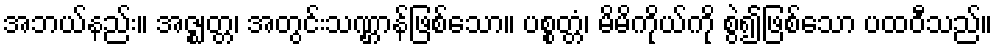
အဘယ်နည်း။ အဇ္ဈတ္တ၊ အတွင်းသဏ္ဌာန်ဖြစ်သော။ ပစ္စတ္တံ၊ မိမိကိုယ်ကို စွဲ၍ဖြစ်သော ပထဝီသည်။